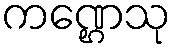
ကဏ္ဌေသု